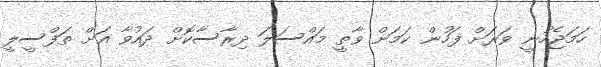
ހަމަޖެހުނީ ވަރަށް ފަހުން ކަމަށް ވާތީ މައްސަލަ ދިރާސާކޮށް ދައުވާ އަށް ތަފްސީލީ